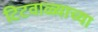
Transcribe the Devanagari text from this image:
टिटवाळ्याच्या